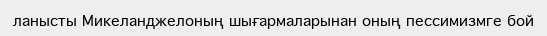
ланысты Микеланджелоның шығармаларынан оның пессимизмге бой